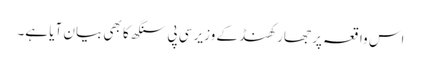
اس واقعہ پر جھارکھنڈ کے وزیر سی پی سنگھ کا بھی بیان آیا ہے۔